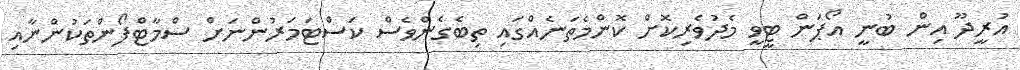
އުރީދޫ އިން ބުނީ އޯޕަން ޓީވީ މެދުވެރިކޮށް ކޮންމެތަނެއްގައި ތިބެގެންވެސް ކަސްޓަމަރުންނަށް ސްމާޓްފޯންތަކުންނާއި